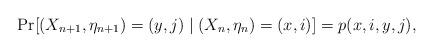
LaTeX: \begin{align*}\Pr[(X_{n+1},\eta_{n+1})=(y,j) \mid (X_n,\eta_n) = (x,i)] = p(x,i,y,j),\end{align*}